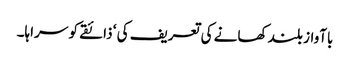
باآواز بلند کھانے کی تعریف کی ‘ ذائقے کو سراہا۔